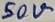
Text: 50V